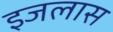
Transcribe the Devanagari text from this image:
इजलास